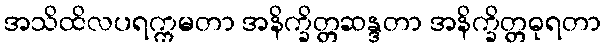
အသိထိလပရက္ကမတာ အနိက္ခိတ္တဆန္ဒတာ အနိက္ခိတ္တဓုရတာ